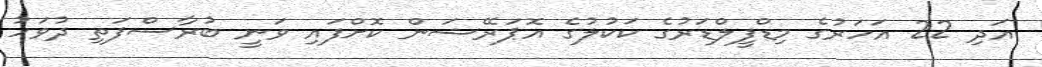
އަދި 22 އަހަރުގެ މިޑްފީލްޑަރުގެ ކަކުލުގެ އޮޕަރޭޝަން ކޮށްފައި ވަނީ ބުރާސްފަތި ދުވަހު